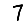
Digit: 7